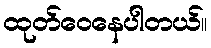
ထုတ်ဝေနေပါတယ်။